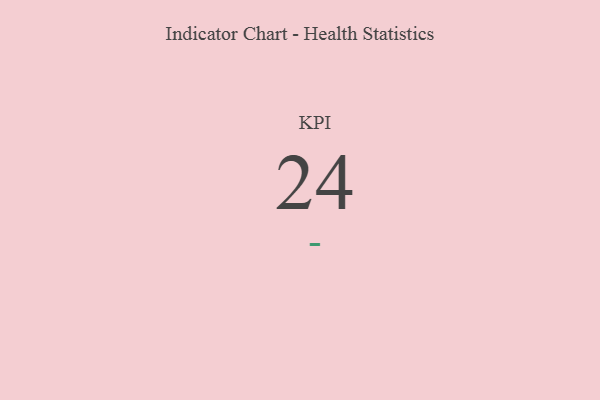
{"axis": {"x": "KPI", "y": "Value"}, "legend": [""], "data": [{"x": "KPI", "y": 24, "type": ""}]}